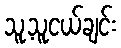
သူ့သူငယ်ချင်း